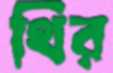
থির